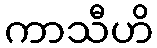
ကာသီဟိ